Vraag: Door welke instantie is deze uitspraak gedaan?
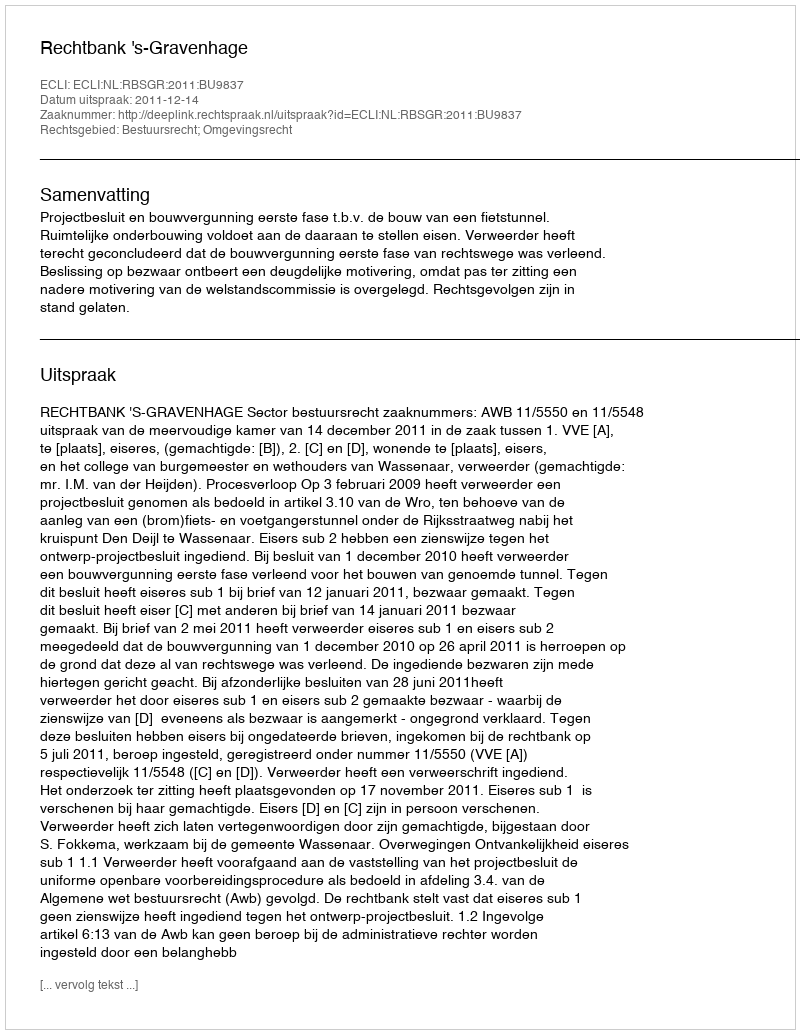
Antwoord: Rechtbank 's-Gravenhage